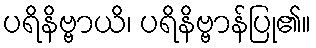
ပရိနိဗ္ဗာယိ၊ ပရိနိဗ္ဗာန်ပြု၏။